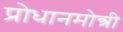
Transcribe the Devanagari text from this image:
प्रोधानमोन्त्री